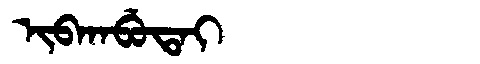
Manchu: ᡳᠪᡴᠠᠪᡠᡨᠠᡳ
Romanization: IBKABUTAI